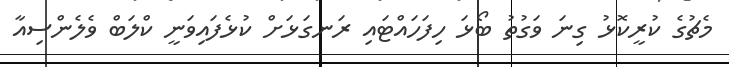
މެޗުގެ ކުރީކޮޅު ގިނަ ވަގުތު ބޯޅަ ހިފަހައްޓައި ރަނގަޅަށް ކުޅެފައިވަނީ ކްލަބް ވެލެންސިއާ